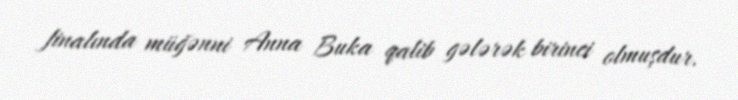
finalında müğənni Anna Buka qalib gələrək birinci olmuşdur.